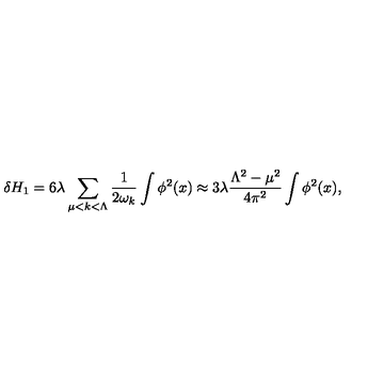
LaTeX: \delta H _ { 1 } = 6 \lambda \sum _ { \mu < k < \Lambda } { \frac { 1 } { 2 \omega _ { k } } } \int \phi ^ { 2 } ( x ) \approx 3 \lambda \frac { \Lambda ^ { 2 } - \mu ^ { 2 } } { 4 \pi ^ { 2 } } \int \phi ^ { 2 } ( x ) ,